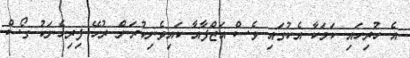
އެ ހުރިހައި ކަމަކާ އެކުގައި ވެސް އަޒްފާއާ ކައިވެނިކުރަން ރުހޭ ފިރިހެނަކު ގޯސް